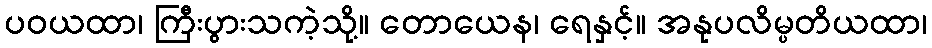
ပဝယထာ၊ ကြီးပွားသကဲ့သို့။ တောယေန၊ ရေနှင့်။ အနုပလိမ္ပတိယထာ၊